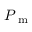
P _ { \mathrm { ~ m ~ } }